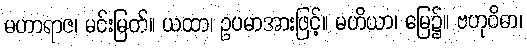
မဟာရာဇ၊ မင်းမြတ်။ ယထာ၊ ဥပမာအားဖြင့်။ မဟိယာ၊ မြေ၌။ ဗဟုဝိဓာ၊